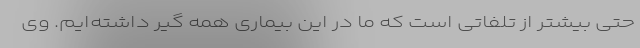
حتی بیشتر از تلفاتی است که ما در این بیماری همه گیر داشته‌ایم. وی